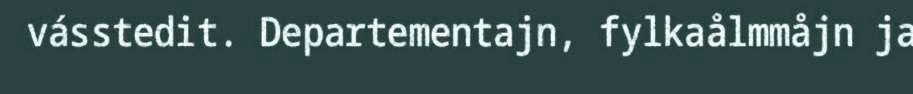
vásstedit. Departementajn, fylkaålmmåjn ja